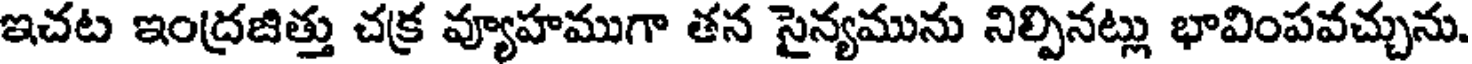
ఇచట ఇంద్రజిత్తు చక్ర వ్యూహముగా తన సైన్యమును నిల్పినట్లు భావింపవచ్చును.